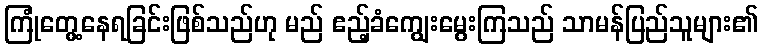
ကြုံတွေ့နေရခြင်းဖြစ်သည်ဟု မည် ဧည့်ခံကျွေးမွေးကြသည် သာမန်ပြည်သူများ၏